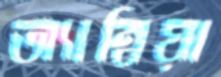
অ্যাম্বিয়া